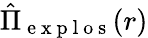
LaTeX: \hat{\Pi}_{\mathrm{~e~x~p~l~o~s~}}(r)